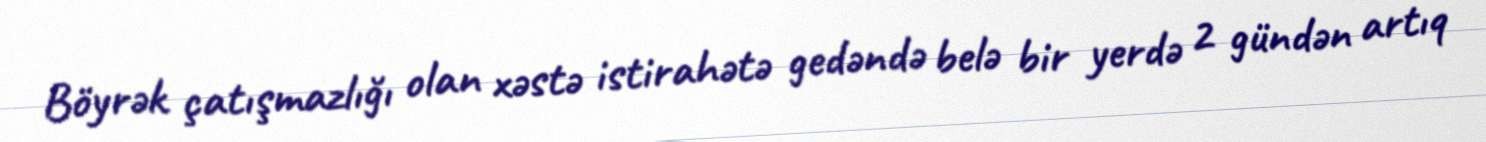
Böyrək çatışmazlığı olan xəstə istirahətə gedəndə belə bir yerdə 2 gündən artıq